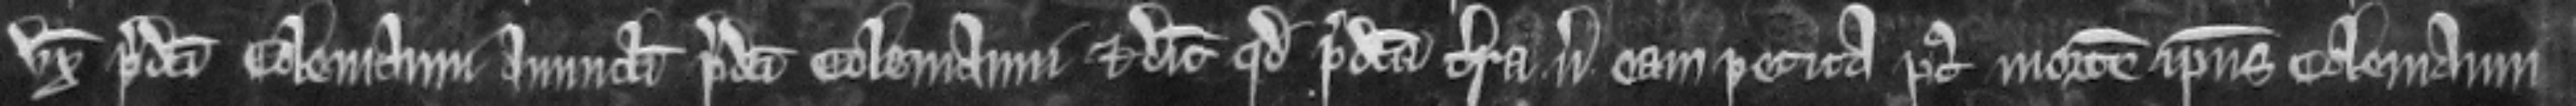
uxor predicti Colemanni avunculi predicti Colemanni et dicit quod predicta terra versus eam petita post mortem ipsius Colemanni